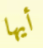
أيها